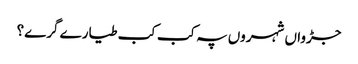
جڑواں شہروں پہ کب کب طیارے گرے؟